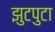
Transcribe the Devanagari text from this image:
झुटपुटा